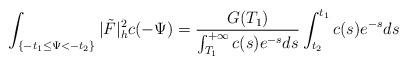
LaTeX: \begin{align*}\int_{\{-t_1\le\Psi<-t_2\}}|\tilde{F}|^2_hc(-\Psi)=\frac{G(T_1)}{\int_{T_1}^{+\infty}c(s)e^{-s}ds}\int_{t_2}^{t_1}c(s)e^{-s}ds \end{align*}